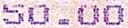
50.00